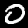
Digit: 0